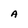
Character: A